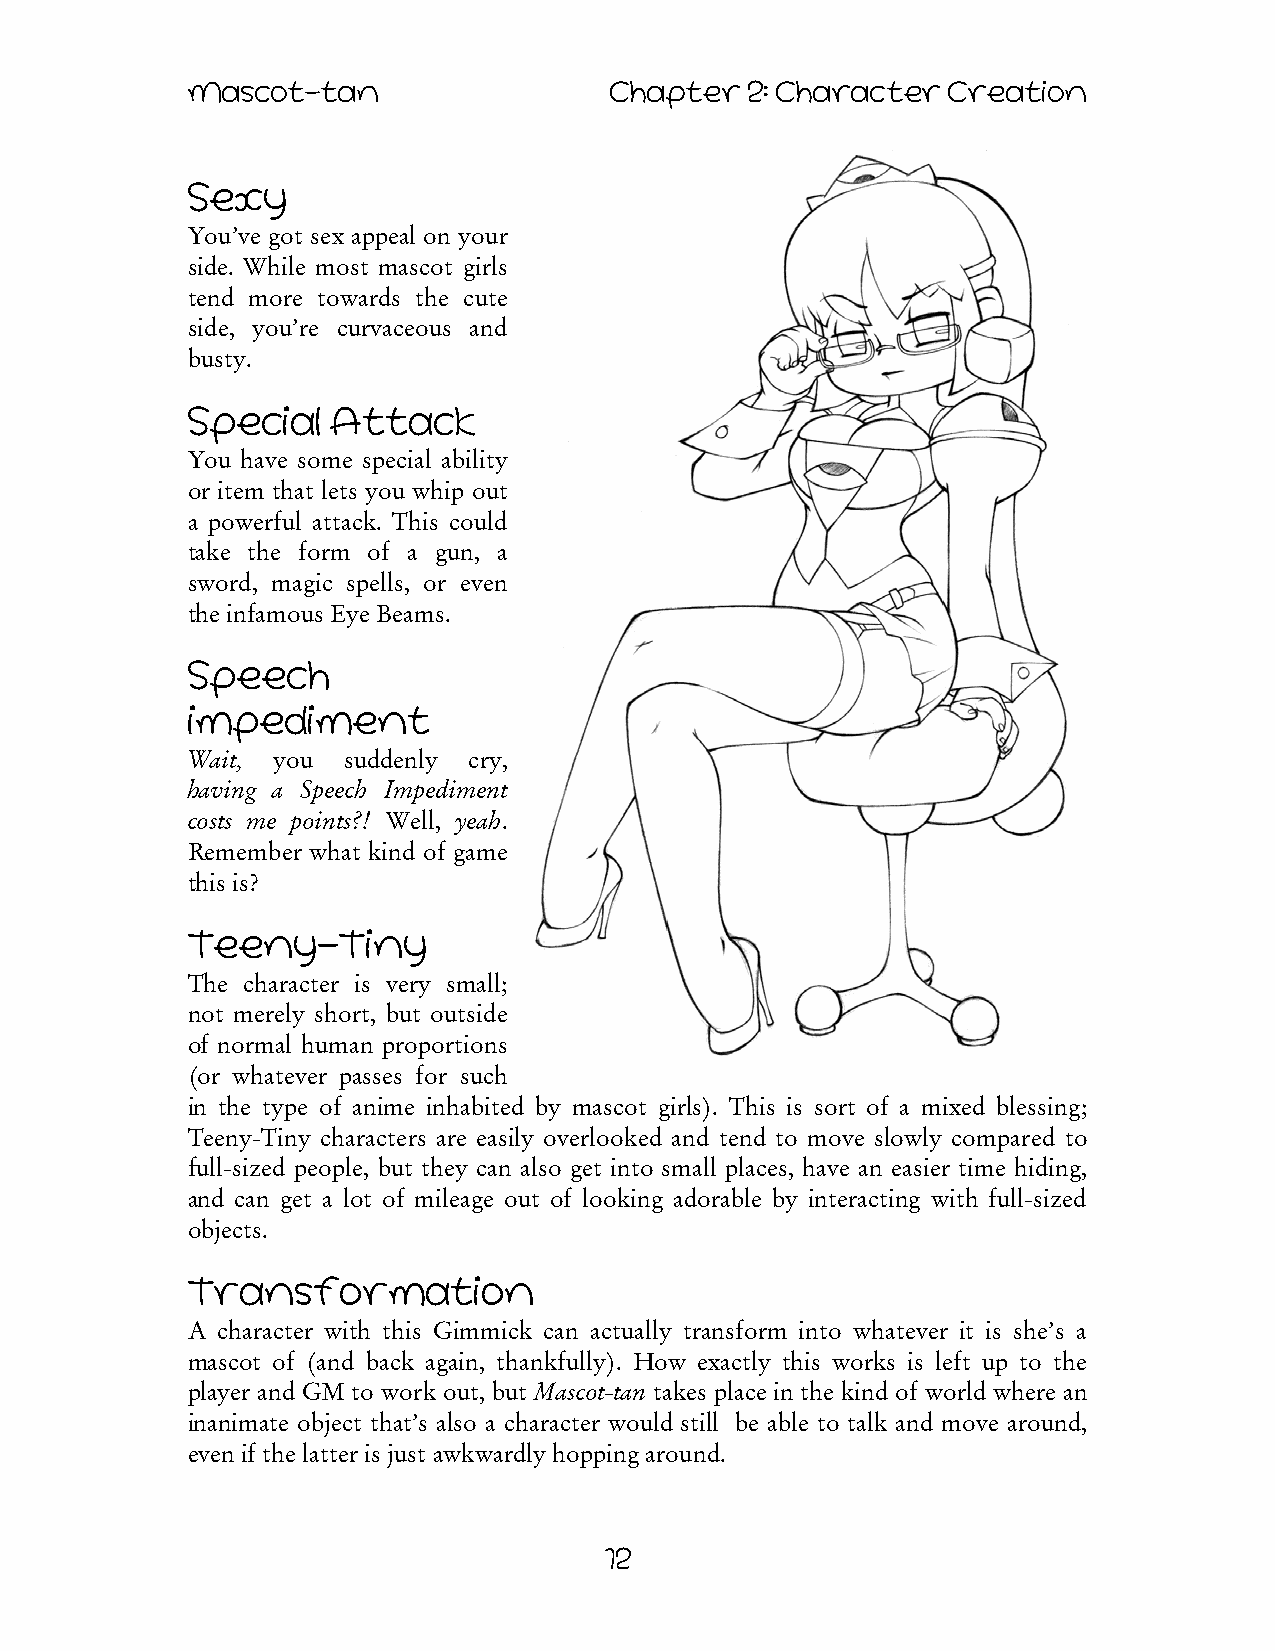
Mascot-tan                  Chapter   2: Character Creation
 Sexy
 You’ve got sex appeal on your
 side. While most mascot girls
 tend more towards the cute
 side, you’re curvaceous and
 busty.
 Special   Attack
 You have some special ability
 or item that lets you whip out
 a powerful attack. This could
 take the form of a gun, a
 sword, magic spells, or even
 the infamous Eye Beams.
 Speech
 Impediment
 Wait, you  suddenly cry,
 having a Speech Impediment
 costs me points?! Well, yeah.
 Remember what kind of game
 this is?
 Teeny-Tiny
 The character is very small;
 not merely short, but outside
 of normal human proportions
 (or whatever passes for such
 in the type of anime inhabited by mascot girls). This is sort of a mixed blessing;
 Teeny-Tiny characters are easily overlooked and tend to move slowly compared to
 full-sized people, but they can also get into small places, have an easier time hiding,
 and can get a lot of mileage out of looking adorable by interacting with full-sized
 objects.
 Transformation
 A character with this Gimmick can actually transform into whatever it is she’s a
 mascot of (and back again, thankfully). How exactly this works is left up to the
 player and GM to work out, but Mascot-tan takes place in the kind of world where an
 inanimate object that’s also a character would still be able to talk and move around,
 even if the latter is just awkwardly hopping around.
 12